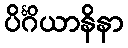
ပိင်္ဂိယာနိနာ